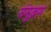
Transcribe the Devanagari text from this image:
संमुद्रण